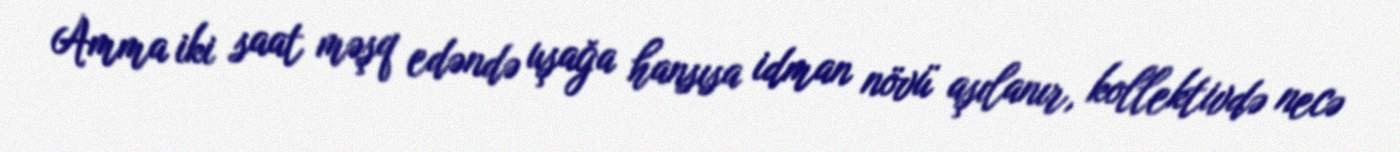
Amma iki saat məşq edəndə uşağa hansısa idman növü aşılanır, kollektivdə necə